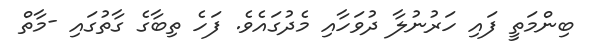
ބިންމަތީ ފައި ހަރުނުލާ ދުވަހާއި މެދުގައެވެ. ފަހެ ތިބާގެ ގާތުގައި -މާތް